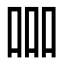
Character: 𠱠